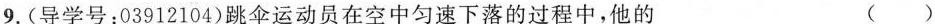
9.(导学号：03912104)跳伞运动员在空中匀速下落的过程中，他的 ( )